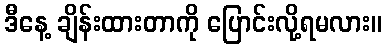
ဒီနေ့ ချိန်းထားတာကို ပြောင်းလို့ရမလား။